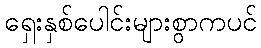
ရှေးနှစ်ပေါင်းများစွာကပင်